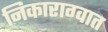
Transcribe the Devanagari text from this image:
निकाराग्वात